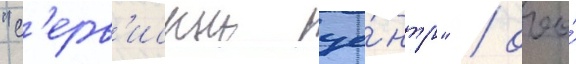
"с'ерв'исныи це́нтр" / ооо́